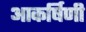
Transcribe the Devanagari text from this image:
आकर्षिणी